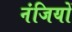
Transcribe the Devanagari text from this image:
नंजियों